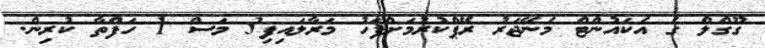
ގޫގްލް ގެ އެކައުންޓް މެނޭޖަރު ރޭޕްކުރުމަށްފަހު މަރާލައިފި3 މަސް 1 ހަފްތާ ކުރިން.